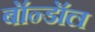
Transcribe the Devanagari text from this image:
बॉन्डॉल